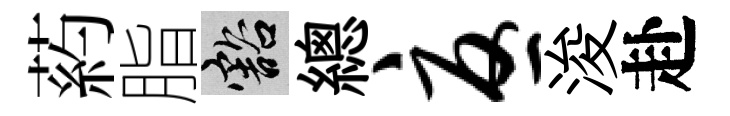
葯脂豁總忧浚赴